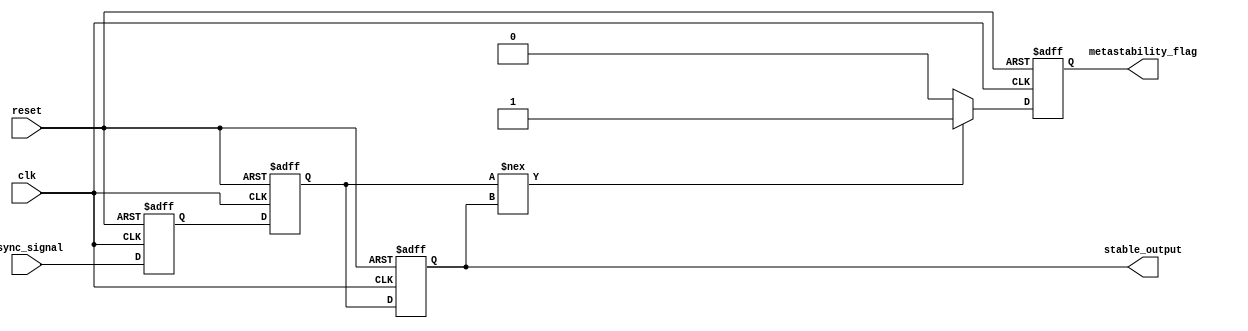
module metastability_detector #(
    parameter NUM_LATCHES = 2, // Number of latches in the chain
    parameter WIDTH = 1         // Width of the input signal
)(
    input wire clk,             // Synchronous clock input
    input wire async_signal,    // Asynchronous input signal
    input wire reset,           // Asynchronous reset
    output reg [WIDTH-1:0] stable_output, // Stabilized output
    output reg metastability_flag // Metastability indicator
);

    // Internal signals for latches
    reg [WIDTH-1:0] latch [0:NUM_LATCHES-1]; // Array of latches

    // Asynchronous reset and latch sampling
    integer i;
    always @(posedge clk or posedge reset) begin
        if (reset) begin
            // Initialize latches to known state
            for (i = 0; i < NUM_LATCHES; i = i + 1) begin
                latch[i] <= {WIDTH{1'b0}};
            end
            stable_output <= {WIDTH{1'b0}};
            metastability_flag <= 1'b0;
        end else begin
            // Sample the input signal through the latches
            latch[0] <= async_signal; // First latch samples the async signal
            for (i = 1; i < NUM_LATCHES; i = i + 1) begin
                latch[i] <= latch[i-1]; // Subsequent latches sample the previous latch
            end
            
            // Check for metastability
            if (latch[NUM_LATCHES-1] !== stable_output) begin
                metastability_flag <= 1'b1; // Metastability detected
            end else begin
                metastability_flag <= 1'b0; // No metastability
            end
            
            // Update stable output
            stable_output <= latch[NUM_LATCHES-1];
        end
    end

endmodule